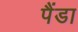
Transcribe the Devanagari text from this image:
पैंडा